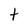
Character: t